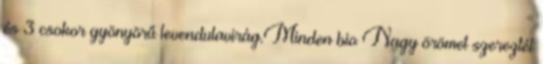
és 3 csokor gyönyörű levendulavirág.Minden bio Nagy örömet szereztél